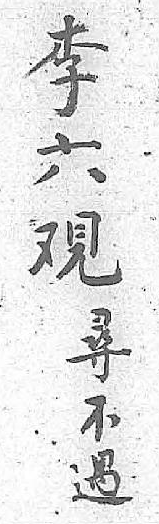
李尋六不覌遇